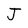
Character: J